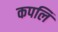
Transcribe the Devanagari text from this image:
कपलि